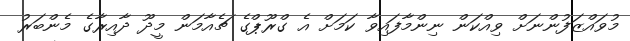
މުވައްޒަފުންނަށް ވިއްކަން ނިންމާފައިވާ ކަމަށް އެ ގްރޫޕްގެ ޗެއާމަން މީދޫ ދާއިރާގެ މެންބަރު